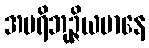
အပရိဘုဉ္ဇိယမာနေ